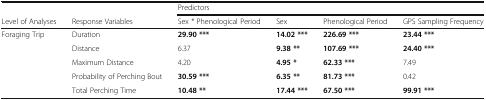
|  |  | <COLSPAN=4> Predictors |
 | Level of Analyses | Response Variables | Sex * Phenological Period | Sex | Phenological Period | GPS Sampling Frequency |
 | --- | --- | --- | --- | --- | --- |
 | <ROWSPAN=5> Foraging Trip | Duration | 29.90 *** | 14.02 *** | 226.69 *** | 23.44 *** |
 | Distance | 6.37 | 9.38 ** | 107.69 *** | 24.40 *** |
 | Maximum Distance | 4.20 | 4.95 * | 62.33 *** | 7.49 |
 | Probability of Perching Bout | 30.59 *** | 6.35 ** | 81.73 *** | 0.42 |
 | Total Perching Time | 10.48 ** | 17.44 *** | 67.50 *** | 99.91 *** |